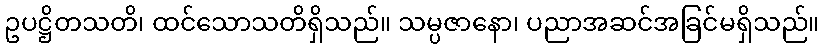
ဥပဋ္ဌိတသတိ၊ ထင်သောသတိရှိသည်။ သမ္ပဇာနော၊ ပညာအဆင်အခြင်မရှိသည်။